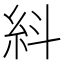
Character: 紏